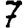
Digit: 7